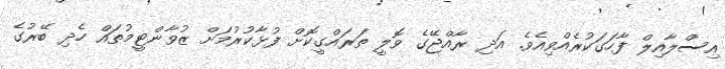
އިސްލާއިލް ފާހަގަކުރެއްވިއެވެ. އަދި ރާއްޖޭގެ ވޮލީ ތަރައްގީކޮށް ފުޅާކުރުމަށް ޒުވާންޓީމުތައް ހެދި ބޭރުގެ